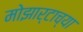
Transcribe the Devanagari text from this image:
मोझार्टाच्या